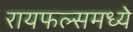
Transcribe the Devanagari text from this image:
रायफल्समध्ये